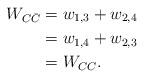
LaTeX: \begin{align*}W_{C\bar{C}}&=w_{1,3}+w_{2,4}\\&=w_{1,4}+w_{2,3}\\&=W_{CC}.\end{align*}